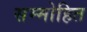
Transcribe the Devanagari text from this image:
सम्‍मोहित